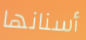
أسنانها